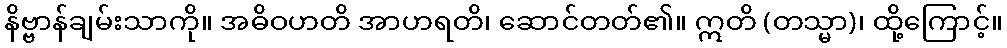
နိဗ္ဗာန်ချမ်းသာကို။ အဓိဝဟတိ အာဟရတိ၊ ဆောင်တတ်၏။ ဣတိ (တသ္မာ)၊ ထို့ကြောင့်။